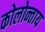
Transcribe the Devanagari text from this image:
कोलोन्ताय